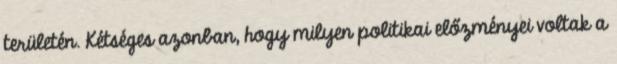
területén. Kétséges azonban, hogy milyen politikai előzményei voltak a